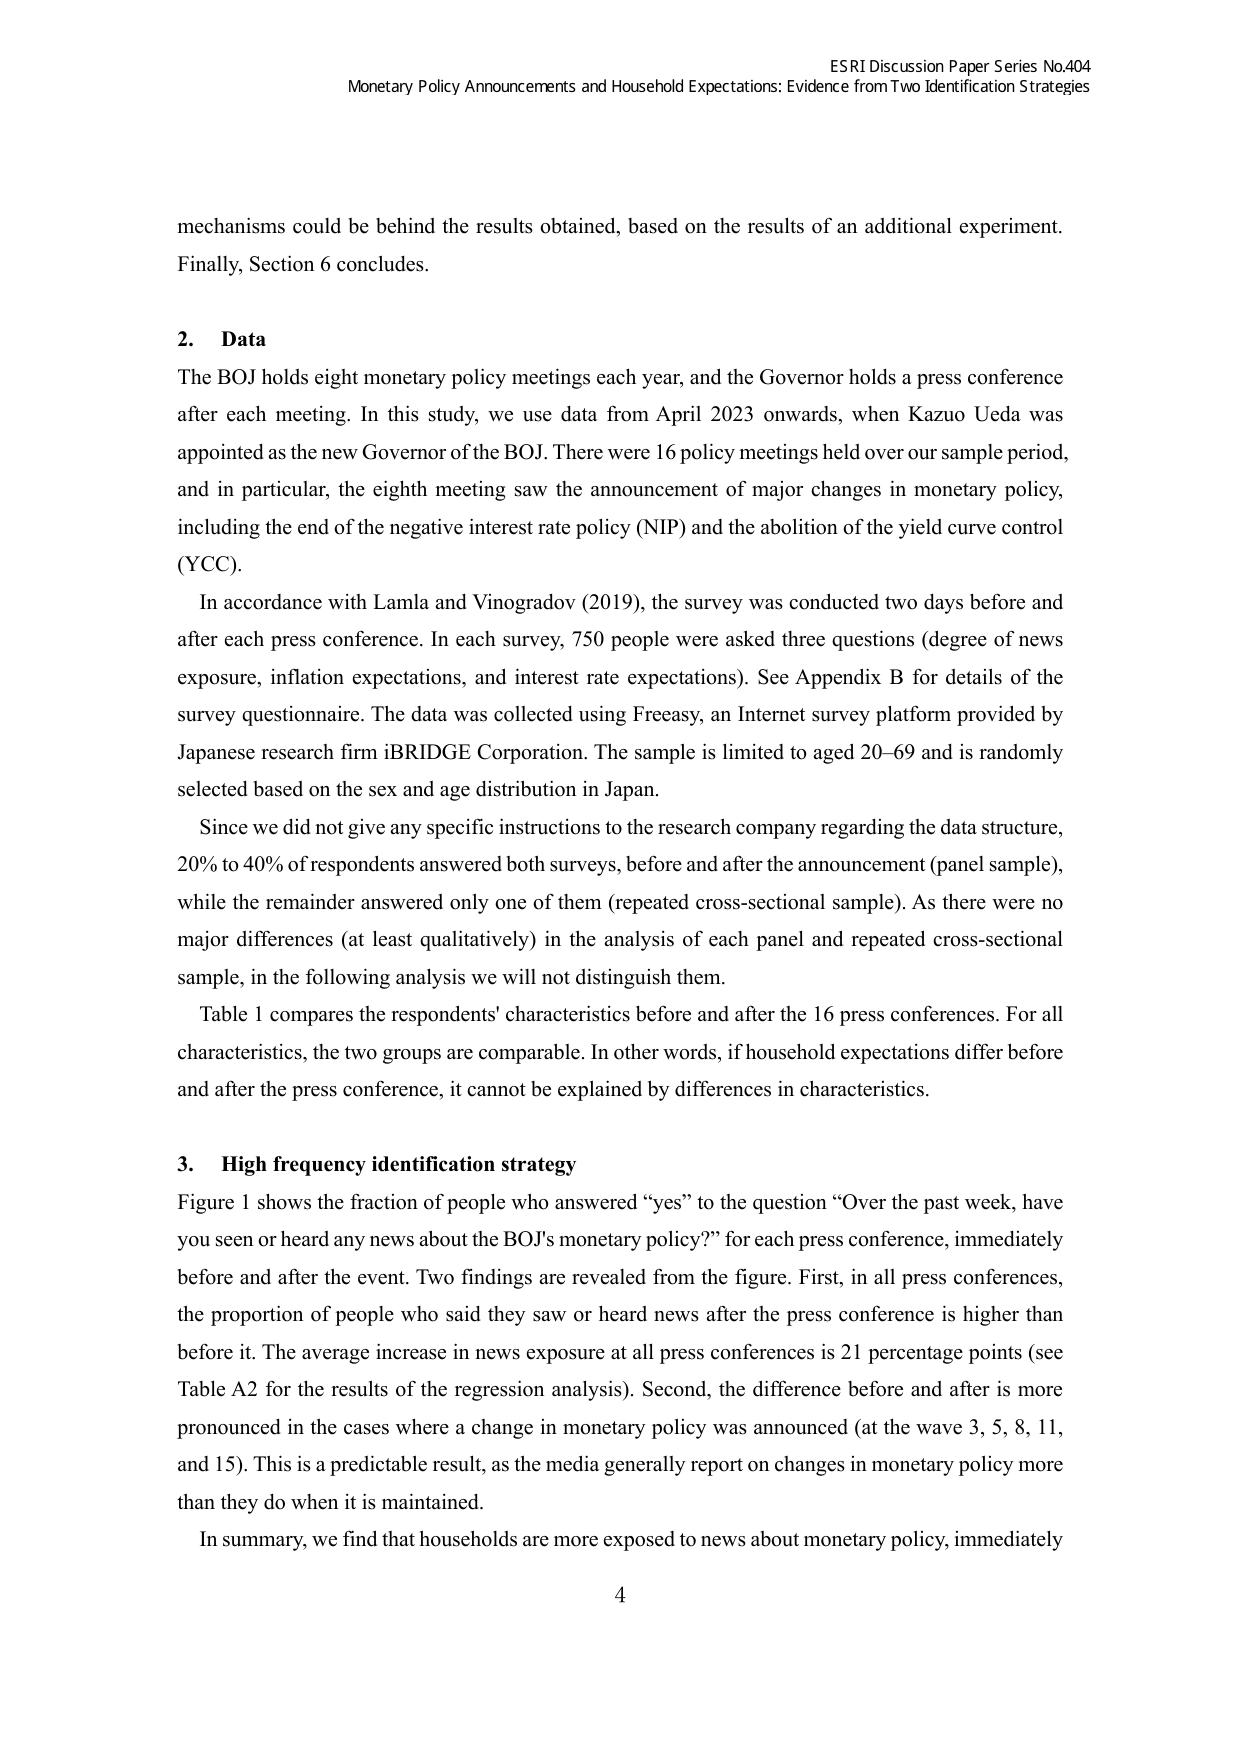
ESRI Discussion Paper Series No.404
Monetary Policy Announcements and Household Expectations: Evidence from Two Identification Strategies

mechanisms could be behind the results obtained, based on the results of an additional experiment.
Finally, Section 6 concludes.

2. Data
The BOJ holds eight monetary policy meetings each year, and the Governor holds a press conference after each meeting. In this study, we use data from April 2023 onwards, when Kazuo Ueda was appointed as the new Governor of the BOJ. There were 16 policy meetings held over our sample period, and in particular, the eighth meeting saw the announcement of major changes in monetary policy, including the end of the negative interest rate policy (NIP) and the abolition of the yield curve control (YCC).

In accordance with Lamla and Vinogradov (2019), the survey was conducted two days before and after each press conference. In each survey, 750 people were asked three questions (degree of news exposure, inflation expectations, and interest rate expectations). See Appendix B for details of the survey questionnaire. The data was collected using Freecasy, an Internet survey platform provided by Japanese research firm iBRIDGE Corporation. The sample is limited to aged 20–69 and is randomly selected based on the sex and age distribution in Japan.

Since we did not give any specific instructions to the research company regarding the data structure, 20% to 40% of respondents answered both surveys, before and after the announcement (panel sample), while the remainder answered only one of them (repeated cross-sectional sample). As there were no major differences (at least qualitatively) in the analysis of each panel and repeated cross-sectional sample, in the following analysis we will not distinguish them.

Table 1 compares the respondents' characteristics before and after the 16 press conferences. For all characteristics, the two groups are comparable. In other words, if household expectations differ before and after the press conference, it cannot be explained by differences in characteristics.

3. High frequency identification strategy
Figure 1 shows the fraction of people who answered “yes” to the question “Over the past week, have you seen or heard any news about the BOJ’s monetary policy?” for each press conference, immediately before and after the event. Two findings are revealed from the figure. First, in all press conferences, the proportion of people who said they saw or heard news after the press conference is higher than before it. The average increase in news exposure at all press conferences is 21 percentage points (see Table A2 for the results of the regression analysis). Second, the difference before and after is more pronounced in the cases where a change in monetary policy was announced (at the wave 3, 5, 8, 11, and 15). This is a predictable result, as the media generally report on changes in monetary policy more than they do when it is maintained.

In summary, we find that households are more exposed to news about monetary policy, immediately

4